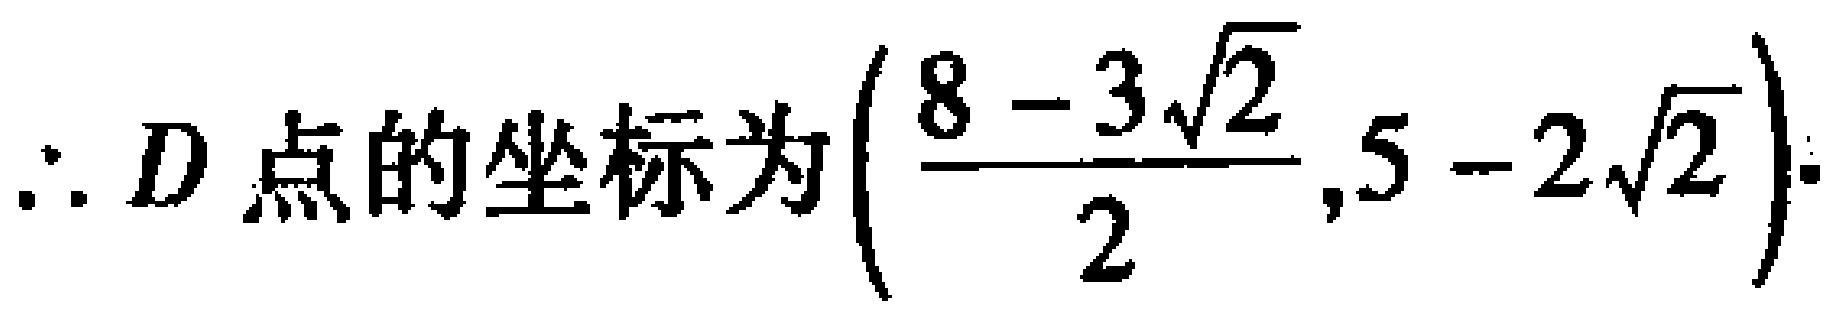
\(\therefore D\text{ 点的坐标为}\left(\frac{8 - 3\sqrt{2}}{2},5 - 2\sqrt{2}\right).\)